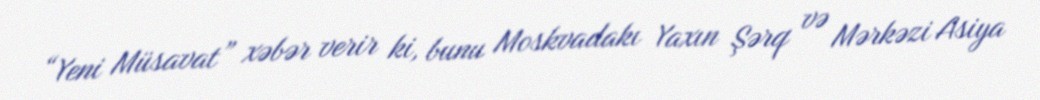
“Yeni Müsavat” xəbər verir ki, bunu Moskvadakı Yaxın Şərq və Mərkəzi Asiya